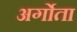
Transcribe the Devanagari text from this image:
अर्गोता